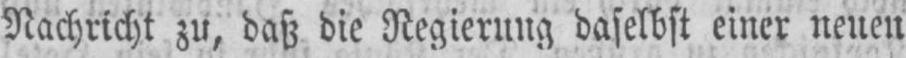
Nachricht zu, daß die Regierung daselbst einer neuen